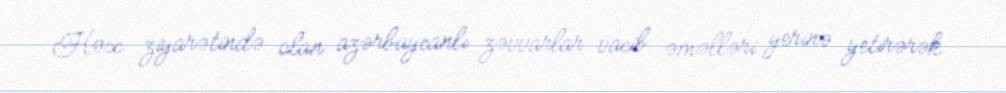
Həcc ziyarətində olan azərbaycanlı zəvvarlar vacib əməlləri yerinə yetirərək